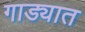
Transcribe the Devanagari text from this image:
गाड्यात